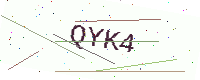
Text: QYK4